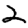
Digit: 2